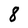
Character: 8